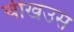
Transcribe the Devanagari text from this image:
चीखउस